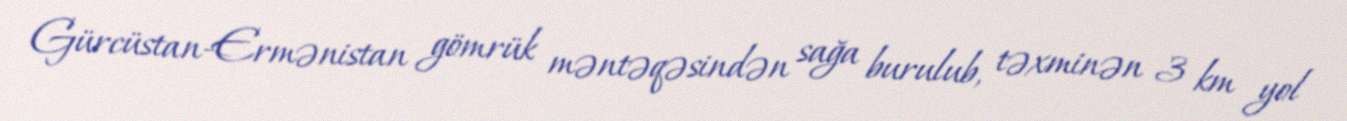
Gürcüstan-Ermənistan gömrük məntəqəsindən sağa burulub, təxminən 3 km yol